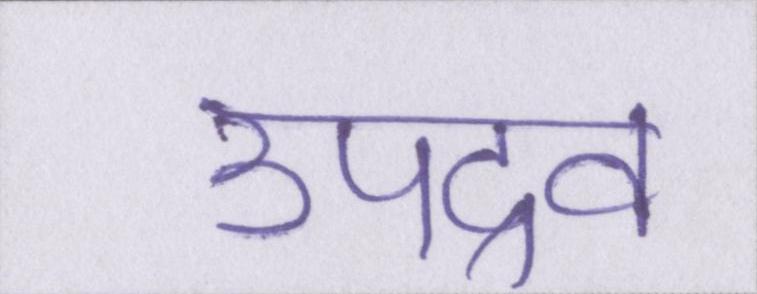
उपद्रव